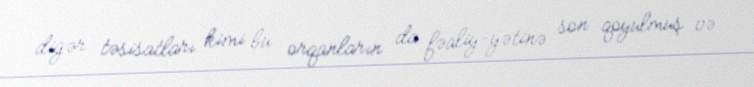
digər təsisatları kimi bu orqanların da fəaliy­yətinə son qoyulmuş və